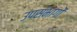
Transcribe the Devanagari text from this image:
उपसंभागों